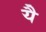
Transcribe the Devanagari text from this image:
येै